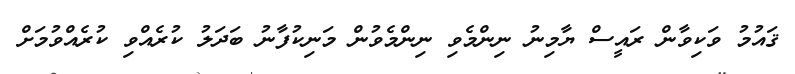
ޤައުމު ވަކިވާން ރައީސް ޔާމިނު ނިންމެވި ނިންމެވުން މަނިކުފާނު ބަދަލު ކުރެއްވި ކުރެއްވުމަށް